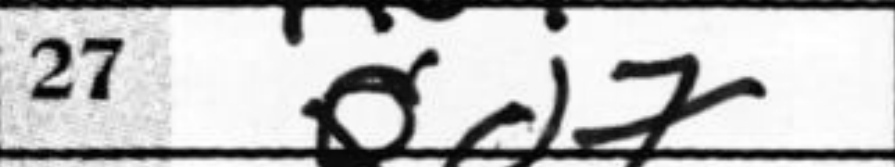
Transcription: Qd7